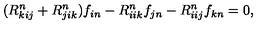
( R _ { k i j } ^ { n } + R _ { j i k } ^ { n } ) f _ { i n } - R _ { i i k } ^ { n } f _ { j n } - R _ { i i j } ^ { n } f _ { k n } = 0 ,